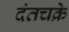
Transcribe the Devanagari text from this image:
दंतचक्रे